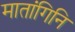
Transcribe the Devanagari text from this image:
मातांगिनि